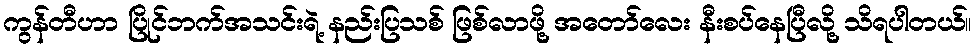
ကွန်တီဟာ ပြိုင်ဘက်အသင်းရဲ့ နည်းပြသစ် ဖြစ်လာဖို့ အတော်လေး နီးစပ်နေပြီလို့ သိရပါတယ်။